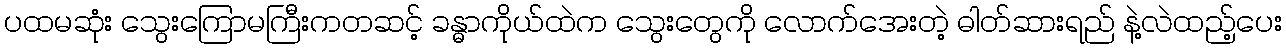
ပထမဆုံး သွေးကြောမကြီးကတဆင့် ခန္ဓာကိုယ်ထဲက သွေးတွေကို လောက်အေးတဲ့ ဓါတ်ဆားရည် နဲ့လဲထည့်ပေး